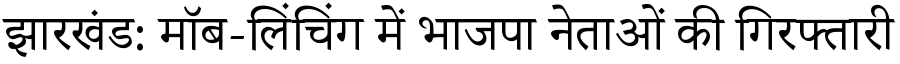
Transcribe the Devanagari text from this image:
झारखंड: मॉब-लिंचिंग में भाजपा नेताओं की गिरफ्तारी